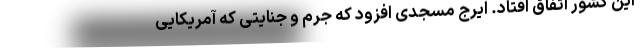
این کشور اتفاق افتاد. ایرج مسجدی افزود که جرم و جنایتی که آمریکایی